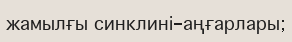
жамылғы синклині-аңғарлары;